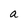
Character: a